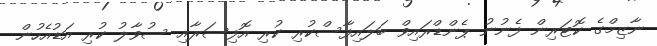
ނާޒިމްގެ ކޮޓަރިން ފެނުނު ޕެންޑްރައިވް ބަލައިފާސްކުރި ކުރި އޮފިސަރާއި ސުވާލު ކުރި އަޑުއެހުން